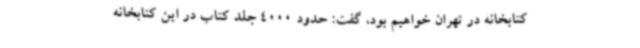
کتابخانه در تهران خواهیم بود، گفت: حدود 4000 جلد کتاب در این کتابخانه